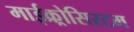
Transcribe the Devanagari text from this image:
माईक्र्रोसिस्टम